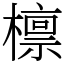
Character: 檩